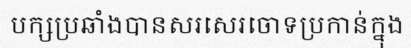
បក្សប្រឆាំងបានសរសេរចោទប្រកាន់ក្នុង